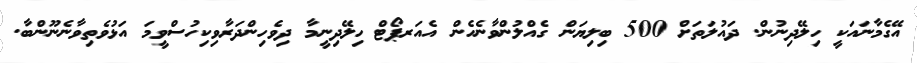
އޭގެމާނައަކީ ހިލޭދިނުން. ދައުލަތަށް 500 ބިލިޔަން ގެއްލުންވާނެހެން އެއަރޕޯޓް ހިލޭދިނީމާ ދިވެހިންދަރާވިކިހުސްވީމަ އަޅުވެތިވާނެނޫންބާ.